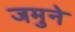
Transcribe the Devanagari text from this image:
जमुने